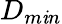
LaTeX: D_{m\mathit{i}n}